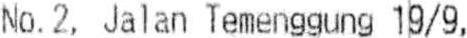
NO.2, JALAN TEMENGGUNG 19/9,